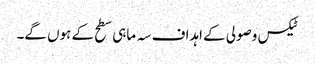
ٹیکس وصولی کے اہداف سہ ماہی سطح کے ہوں گے۔